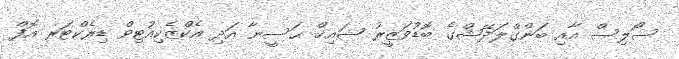
ސޯލިސް އާއި ބަންގްލަދޭޝްގެ ބޮޑުވަޒީރު ޝައިޚް ޙަސީނާ އަދި އެކްޒެކިއުޓިވް ޑިރެކްޓަރ އޮފް